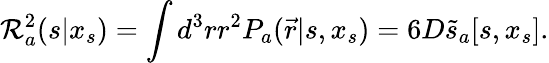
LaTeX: {\cal R}_{a}^{2}(s|x_{s})=\int d^{3}rr^{2}P_{a}(\vec{r}|s,x_{s})=6D\tilde{s}_{a}[s,x_{s}].